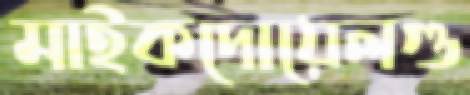
মাইকদোয়েলগু